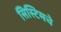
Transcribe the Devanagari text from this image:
सिस्टिमचे